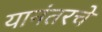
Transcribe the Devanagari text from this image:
यानंतरचे